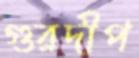
গুরদীপ